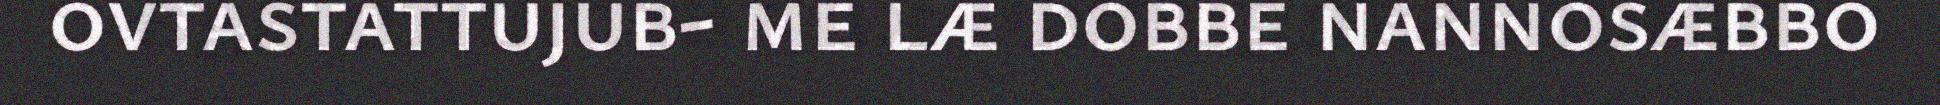
ovtastattujub- me læ dobbe nannosæbbo